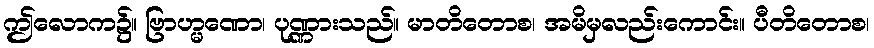
ဤလောက၌။ ဗြာဟ္မဏော၊ ပုဏ္ဏားသည်။ မာတိတောစ၊ အမိမှလည်းကောင်း။ ပီတိတောစ၊